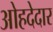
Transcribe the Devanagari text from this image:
ओहदेदार